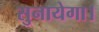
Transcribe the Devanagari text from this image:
सुनायेगा।